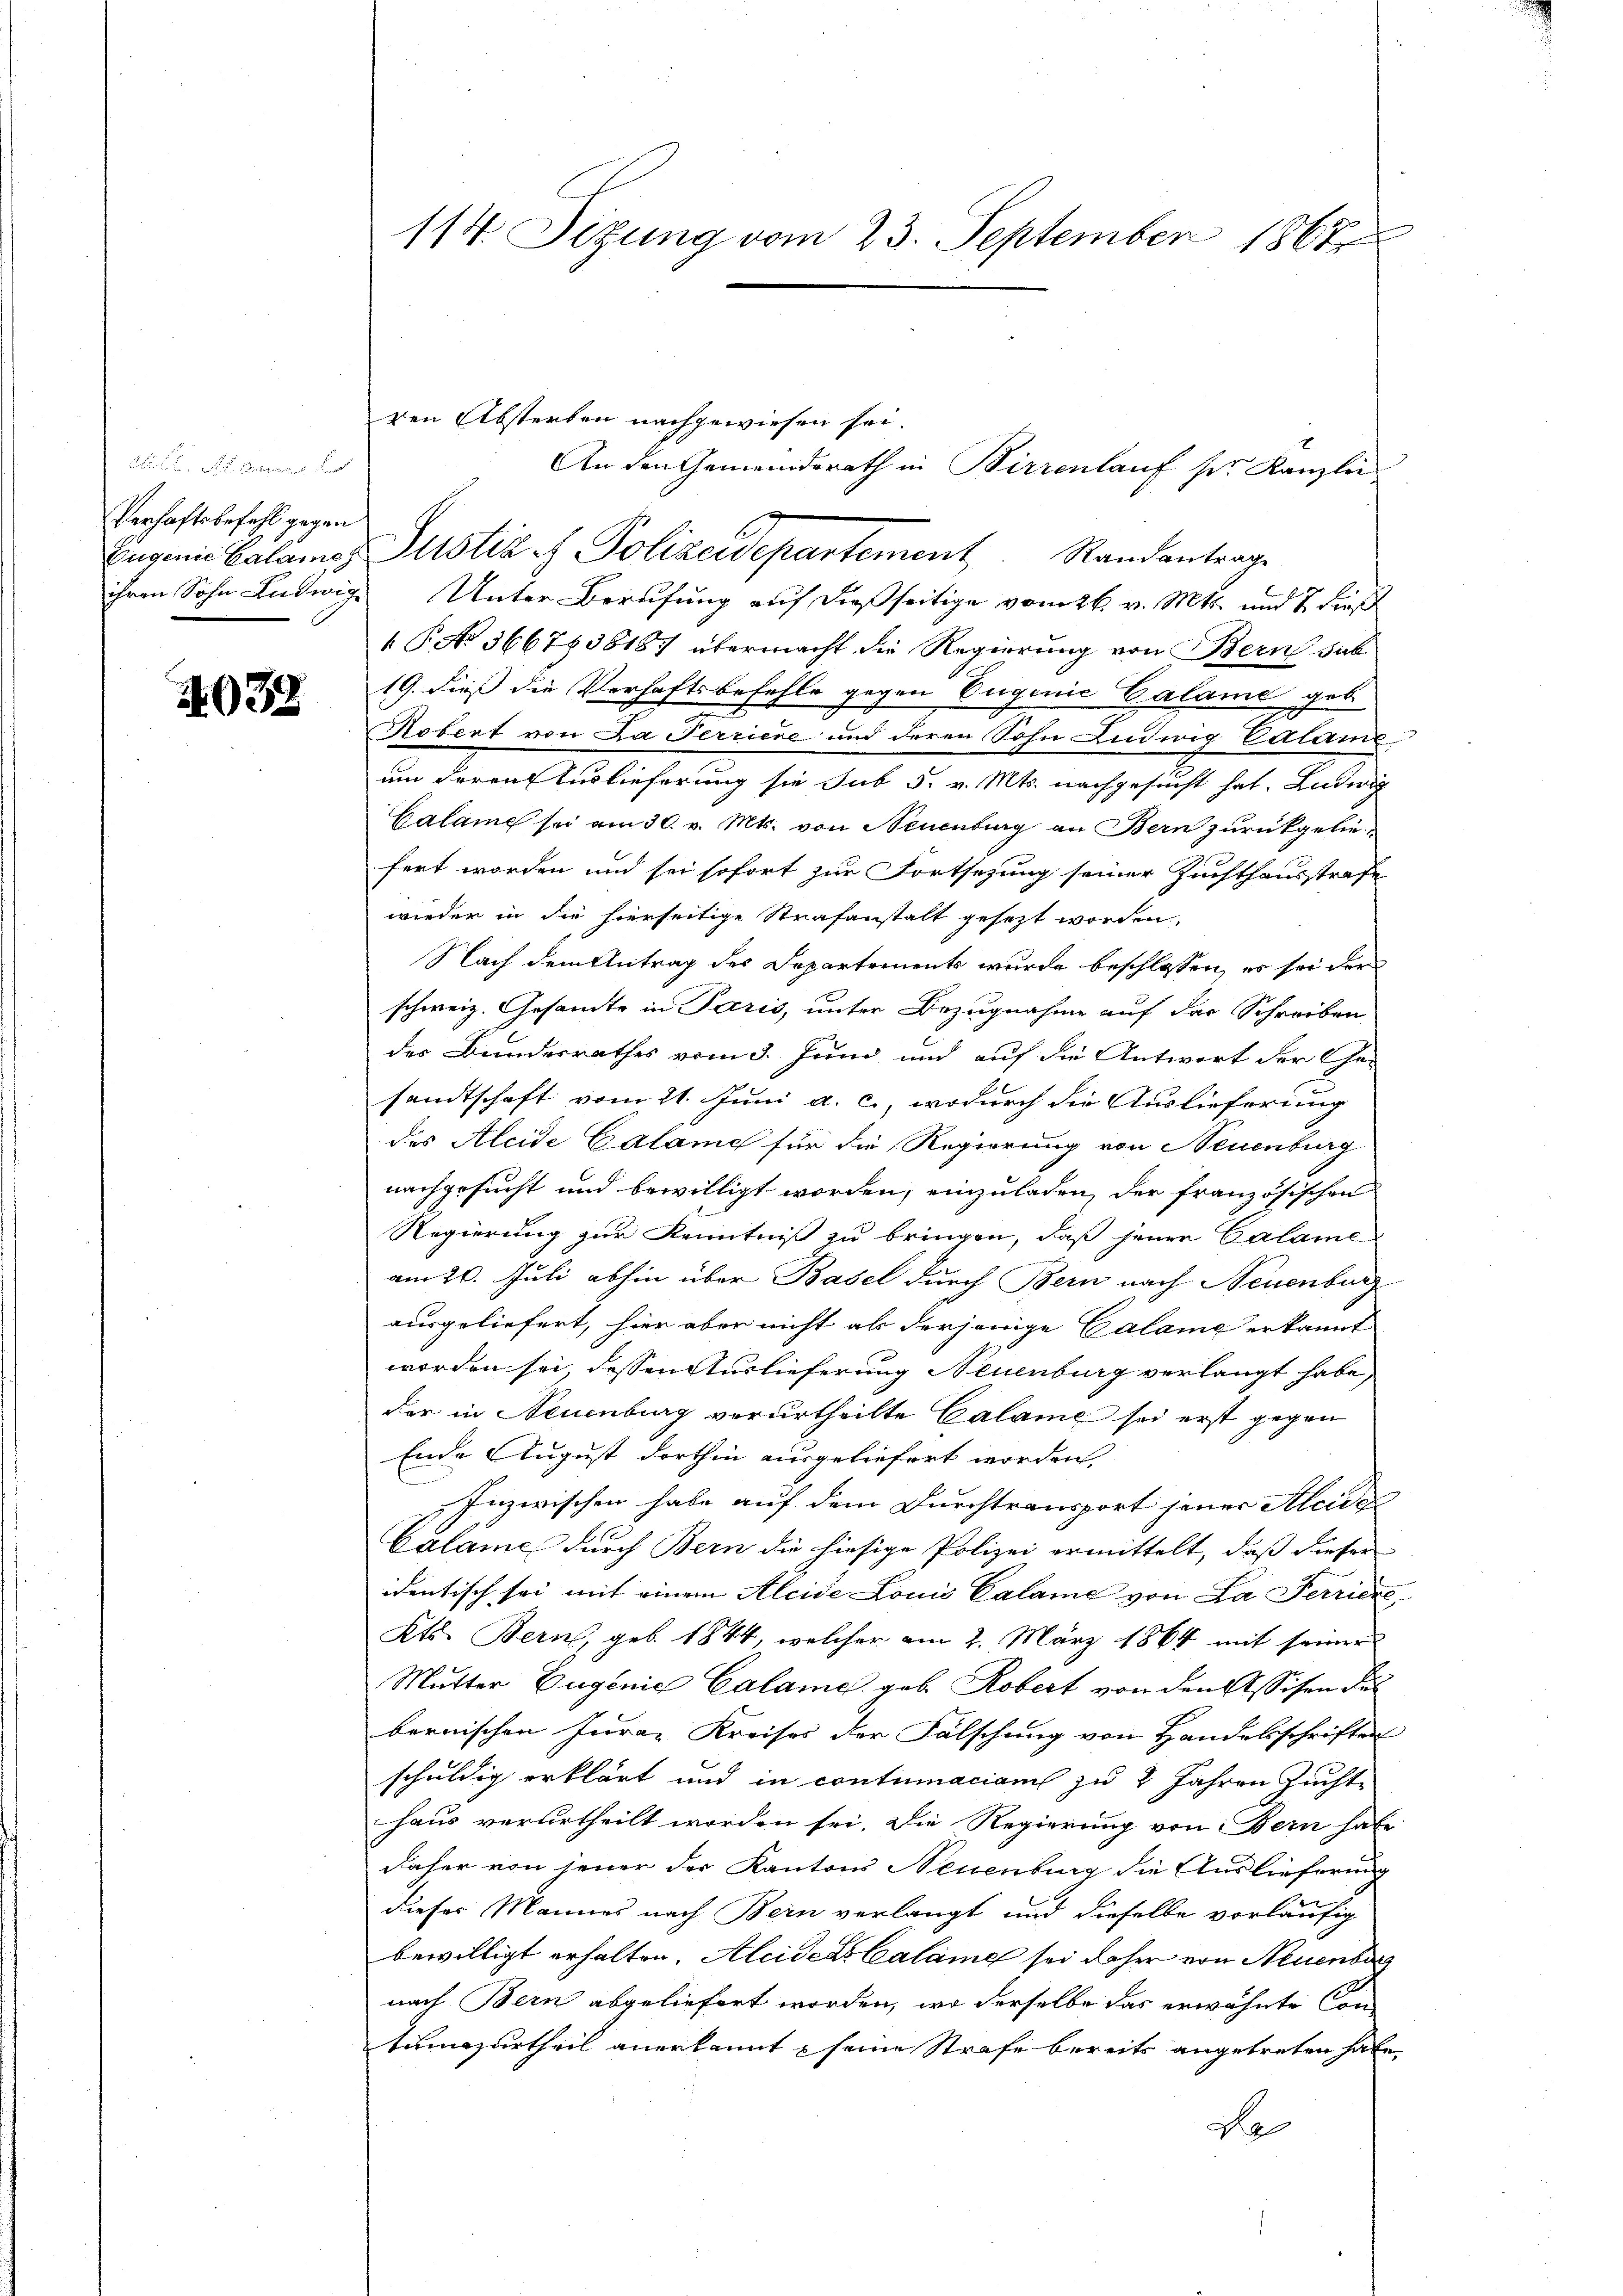
Verhaftsbefehl gegen
Eugenie Calame

4038

114. Sitzung vom 23. September 1867

Justiz - Polizeidepartement Standantrage
ihren Sohn Ludwige Unter Berufung auf dießseitige vom 26. v. Mts. und 7 dieß
 P. No 3667838187 übermacht die Regierung von Bern dab
19. dieß die Verhaftsbefehle gegen Eugenie Calame geb
Robert von Da Terriere und deren Sohn Ludwig Calam
um deren Auslieferung sie sub 5. v. Mts. nachgesucht hat. Ludwig
Calame sei am 30. v. Mts. von Neuenburg an Bern zurückgeliefert worden und sei sofort zur Fortsezung seiner Zuchthausstrafe
wieder in die hierseitige Strafanstalt gesezt worden,
Nach dem Antrag des Departements wurde beschlossen, es sei der
schweiz. Gesamte in Paris, unter Bezugnahme auf der Schreiben
der Bundesrathes vom 3. Juni und auf die Antwort der Ge-
sandtschaft vom 21. Juni a. c., wodurch die Auslieferung
des Aleide Calame für die Regierung von Neuenburg
nachgesucht und bewilligt worden, einzuladen, der französischen
Regierung zur Kenntniß zu bringen, daß jenen Calame
am 26. Juli abhin über Basel durch Bern nach Neuenburg
ausgeliefert, hier aber nicht als derjenige Calame erkannt
worden sei, dessen Auslieferung Neuenburg verlangt habe,
der in Neuenburg vorurtheilte Calame sei erst gegen
Ende August dorthin ausgeliefert worden,
Inzwischen habe auf dem Durchtransport jener Alcidi
Calame durch Bern die hiesige Polizei ermittelt, daß dieser
identisch sei mit einem Alcide Louis Calame von La Perriere
Kts. Bern, geb. 1844, welcher am 2. März 1864 mit seiner
Mutter Eugenie Calame geb. Robert von den Assisen Fal
bernischen Furar Kreises der Fälschung von Handelsschriften
schuldig erklärt und in contumaciam zu 2 Jahren Zuchte
haus verurtheilt worden sei. Die Regierung von Bern habe
daher von jener der Kantons Neuenburg die Auslieferung
dieser Mannes nach Bern verlangt und dieselbe vorläufig
bewilligt erhalten. Aleiders Calame sei daher von Neuenburg
nach Bern abgeliefert worden, wo derselbe das erwähnte Con-
tumazurtheil anerkannt seine Strafe bereits angetreten habe,
d

den Absterben nachgewiesen sei.

An den Gemeinderath in Wirrenlauf sr. Kanzlei